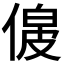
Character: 𠌟